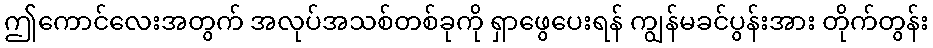
ဤကောင်လေးအတွက် အလုပ်အသစ်တစ်ခုကို ရှာဖွေပေးရန် ကျွန်မခင်ပွန်းအား တိုက်တွန်း